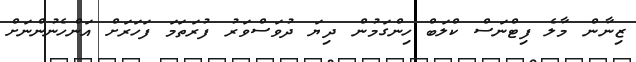
ޒިނާން މާލެ ފިޓްނަސް ކްލަބް ހިންގަމުން ދިޔަ ދުވަސްވަރު ފުރަތަމަ ފަހަރަށް އަންހެނުންނަށް